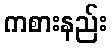
ကစားနည်း